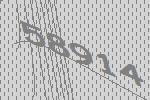
58914